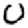
Digit: 0